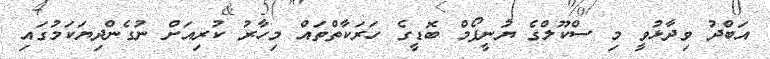
އަބްދު ވިދާޅުވީ މި ސްކޫލްގެ ޔުނީފޯމް ބޮޑީގެ ހަރަކާތްތައް މިހާރު ކުރިއަށް ނުގެންދިޔަކަމުގައި